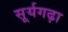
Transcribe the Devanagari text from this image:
सूर्यगढ़ा